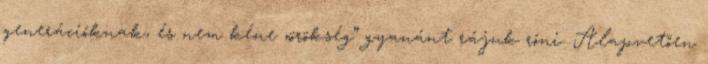
generációknak, és nem kéne „örökség” gyanánt rájuk róni. Alapvetően